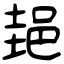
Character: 郌